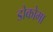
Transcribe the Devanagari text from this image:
डोकोमा